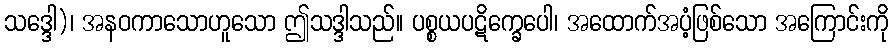
သဒ္ဒေါ)၊ အနဝကာသောဟူသော ဤသဒ္ဒါသည်။ ပစ္စယပဋိက္ခေပေါ၊ အထောက်အပံ့ဖြစ်သော အကြောင်းကို